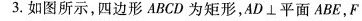
3.如图所示，四边形ABCD为矩形，AD/but平面ABE，F